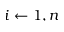
i \leftarrow 1 , n